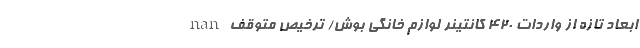
nan ابعاد تازه از واردات ۴۲۰ کانتینر لوازم خانگی بوش/ ترخیص متوقف